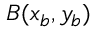
B ( x _ { b } , y _ { b } )